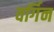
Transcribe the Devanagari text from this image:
वर्गिन